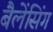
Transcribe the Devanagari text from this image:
बैलेंसिंग